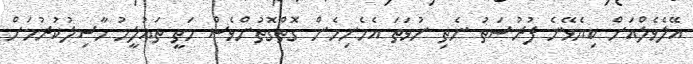
އޭލެވެލްއަށް ކިޔެވޭނެ ފުރުސަތު ނެތި ނުވަތަ އެހެނިހެން ގޮތްގޮތުންވެސް މަތީ ތައުލީމު ހާސިލުކުރުމަށް